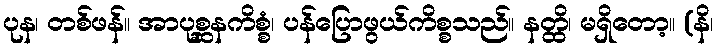
ပုန၊ တစ်ဖန်။ အာပုစ္ဆနကိစ္စံ၊ ပန်ပြောဖွယ်ကိစ္စသည်။ နတ္ထိ၊ မရှိတော့။ (နိ၊